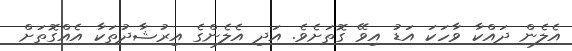
އެލެން ދައްކާ ވާހަކަ އަޑު އިވޭ ގޮތަށެވެ. އަދި އެލެންގެ އިރުޝާދުތަކާ އެއްގޮތަށް